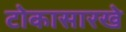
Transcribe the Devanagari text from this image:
टोकासारखे